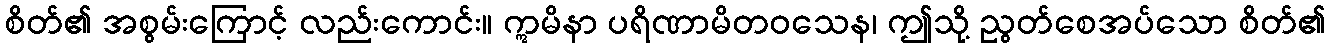
စိတ်၏ အစွမ်းကြောင့် လည်းကောင်း။ ဣမိနာ ပရိဏာမိတဝသေန၊ ဤသို့ ညွတ်စေအပ်သော စိတ်၏